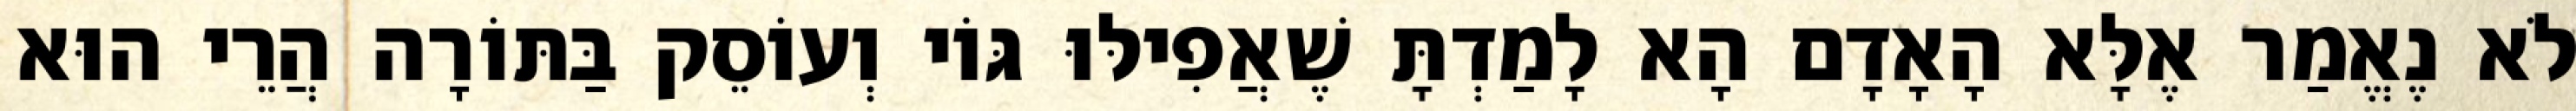
לֹא נֶאֱמַר אֶלָּא הָאָדָם הָא לָמַדְתָּ שֶׁאֲפִילּוּ גּוֹי וְעוֹסֵק בַּתּוֹרָה הֲרֵי הוּא